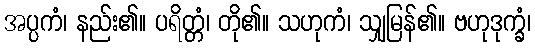
အပ္ပကံ၊ နည်း၏။ ပရိတ္တံ၊ တို၏။ သဟုကံ၊ သျှမြန်၏။ ဗဟုဒုက္ခံ၊